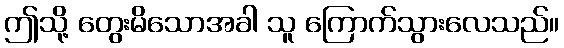
ဤသို့ တွေးမိသောအခါ သူ ကြောက်သွားလေသည်။